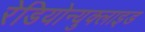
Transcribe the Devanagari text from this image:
रेडियोन्युक्लाइड